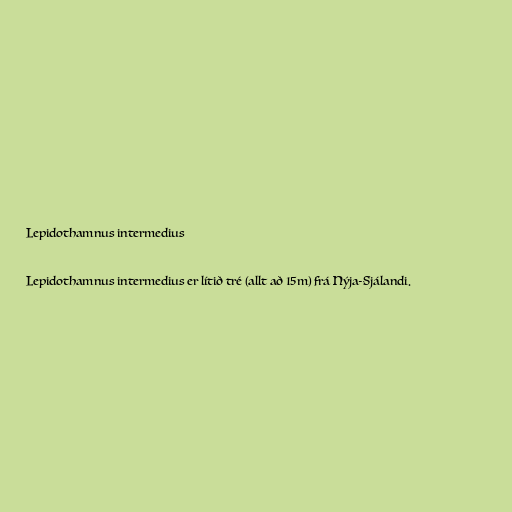
Lepidothamnus intermedius

Lepidothamnus intermedius er lítið tré (allt að 15m) frá Nýja-Sjálandi.